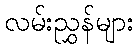
လမ်းညွှန်များ